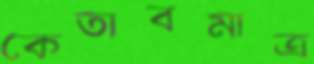
কেতাবমাত্র